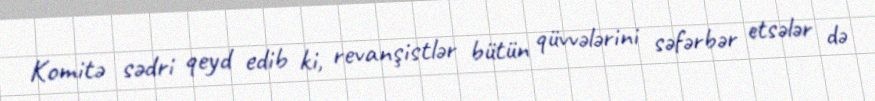
Komitə sədri qeyd edib ki, revanşistlər bütün qüvvələrini səfərbər etsələr də